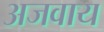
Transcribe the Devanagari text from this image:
अजवाय